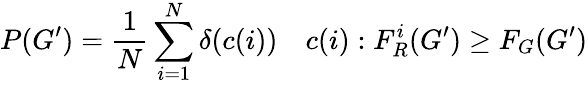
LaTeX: P(G^{\prime})={\frac{1}{N}}\sum_{i=1}^{N}\delta(c(i))\quad c(i):F_{R}^{i}(G^{\prime})\geq F_{G}(G^{\prime})